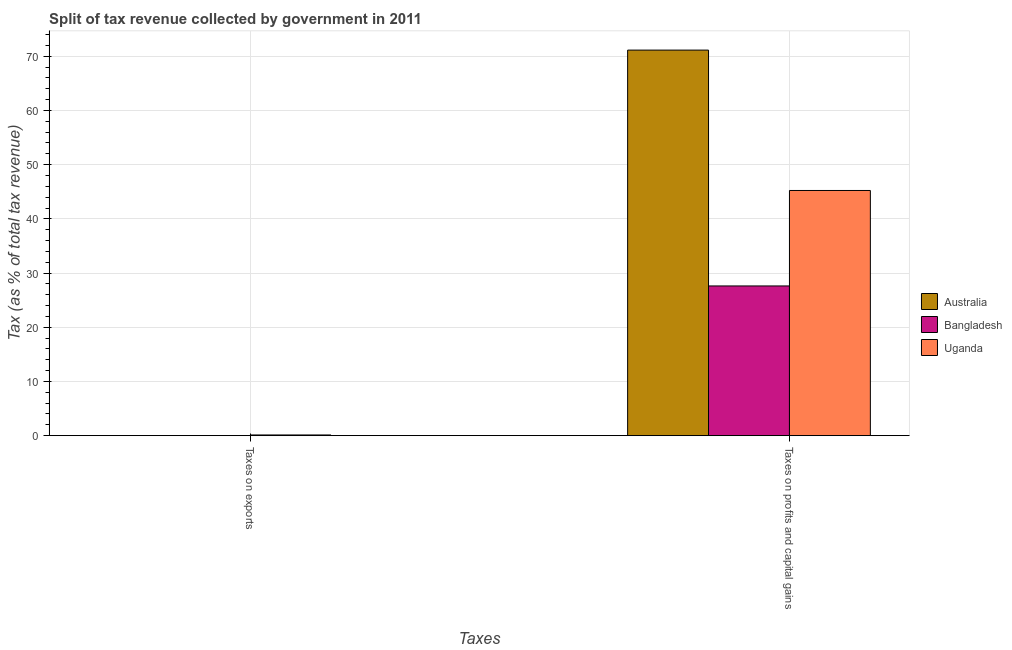
| Taxes | Australia | Bangladesh | Uganda |
 | --- | --- | --- | --- |
 | Taxes on exports | 0.00382 | 1.01e-06 | 0.126 |
 | Taxes on profits and capital gains | 71.1 | 27.6 | 45.2 |